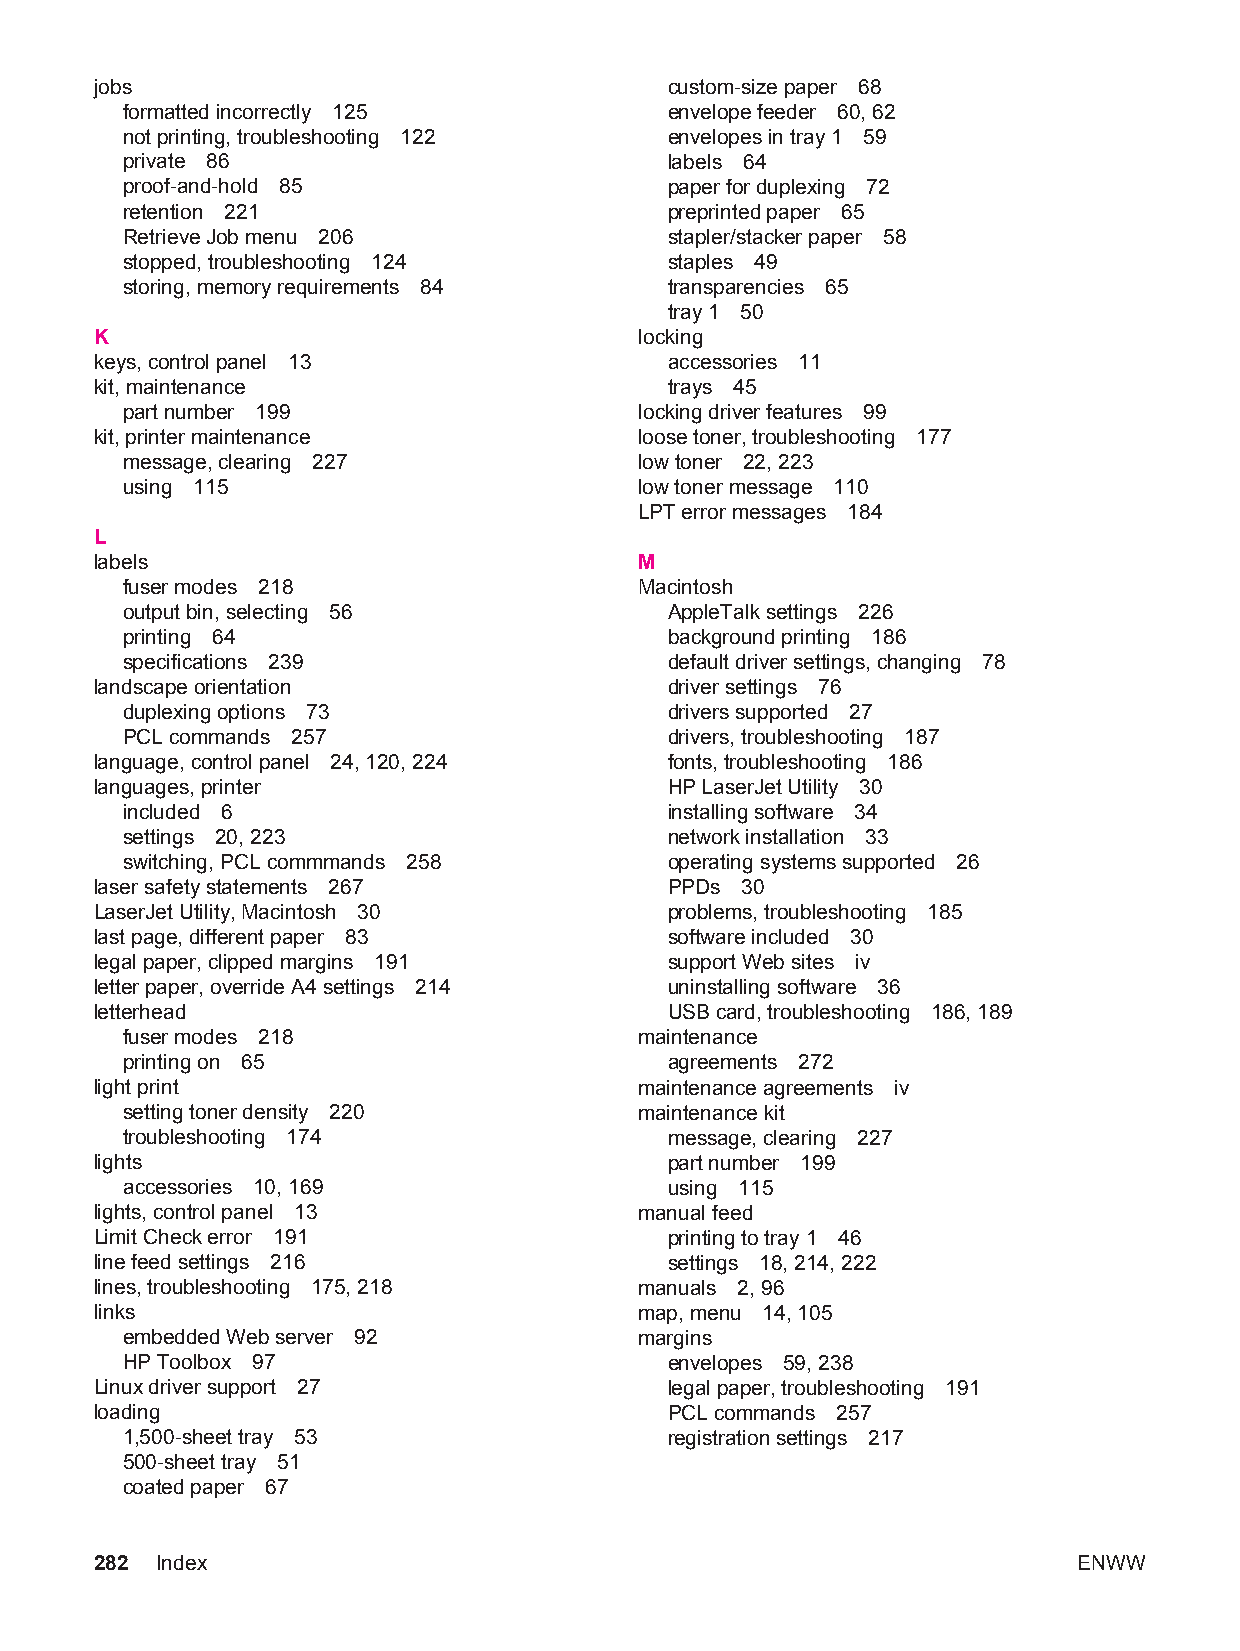
jobs                                  custom-size paper 68
 formatted incorrectly 125           envelope feeder 60, 62
 not printing, troubleshooting 122   envelopes in tray 1 59
 private 86                          labels 64
 proof-and-hold 85                   paper for duplexing 72
 retention 221                       preprinted paper 65
 Retrieve Job menu 206               stapler/stacker paper 58
 stopped, troubleshooting 124        staples 49
 storing, memory requirements 84     transparencies 65
 tray 1 50
 K                                   locking
 keys, control panel 13                accessories 11
 kit, maintenance                      trays 45
 part number 199                   locking driver features 99
 kit, printer maintenance            loose toner, troubleshooting 177
 message, clearing 227             low toner 22, 223
 using 115                         low toner message 110
 LPT error messages 184
 L
 labels                              M
 fuser modes 218                   Macintosh
 output bin, selecting 56            AppleTalk settings 226
 printing 64                         background printing 186
 specifications 239                  default driver settings, changing 78
 landscape orientation                 driver settings 76
 duplexing options 73                drivers supported 27
 PCL commands 257                    drivers, troubleshooting 187
 language, control panel 24, 120, 224  fonts, troubleshooting 186
 languages, printer                    HP LaserJet Utility 30
 included 6                          installing software 34
 settings 20, 223                    network installation 33
 switching, PCL commmands 258        operating systems supported 26
 laser safety statements 267           PPDs 30
 LaserJet Utility, Macintosh 30        problems, troubleshooting 185
 last page, different paper 83         software included 30
 legal paper, clipped margins 191      support Web sites iv
 letter paper, override A4 settings 214 uninstalling software 36
 letterhead                            USB card, troubleshooting 186, 189
 fuser modes 218                   maintenance
 printing on 65                      agreements 272
 light print                         maintenance agreements iv
 setting toner density 220         maintenance kit
 troubleshooting 174                 message, clearing 227
 lights                                part number 199
 accessories 10, 169                 using 115
 lights, control panel 13            manual feed
 Limit Check error 191                 printing to tray 1 46
 line feed settings 216                settings 18, 214, 222
 lines, troubleshooting 175, 218     manuals 2, 96
 links                               map, menu 14, 105
 embedded Web server 92            margins
 HP Toolbox 97                       envelopes 59, 238
 Linux driver support 27               legal paper, troubleshooting 191
 loading                               PCL commands 257
 1,500-sheet tray 53                 registration settings 217
 500-sheet tray 51
 coated paper 67
 282 Index                                                        ENWW